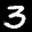
Label: 3